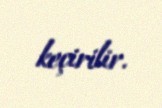
keçirilir.